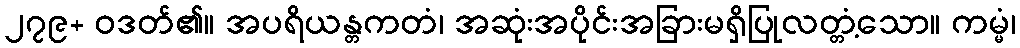
၂၇၉+ ဝဒတ်၏။ အပရိယန္တကတံ၊ အဆုံးအပိုင်းအခြားမရှိပြုလတ္တံ့သော။ ကမ္မံ၊